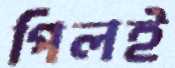
পিলই